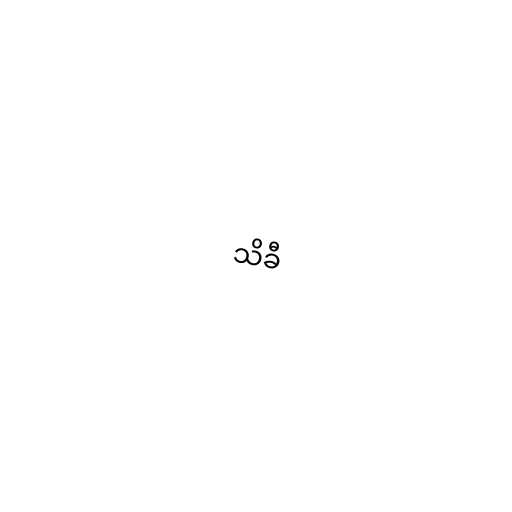
သိခီ